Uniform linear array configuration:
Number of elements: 8
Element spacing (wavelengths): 0.5
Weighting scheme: cosine
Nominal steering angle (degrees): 45
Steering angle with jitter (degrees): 46.592
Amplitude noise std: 0.05
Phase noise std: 0.05

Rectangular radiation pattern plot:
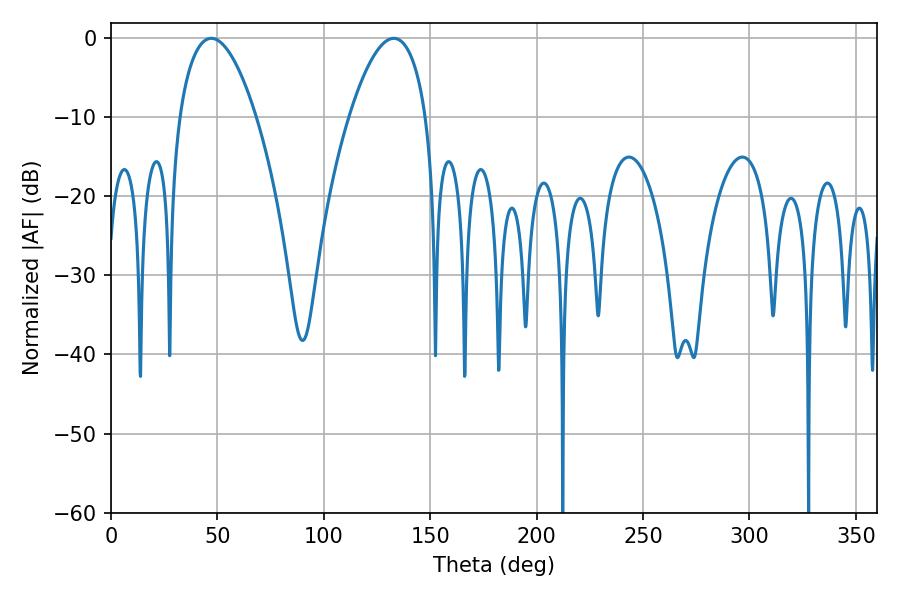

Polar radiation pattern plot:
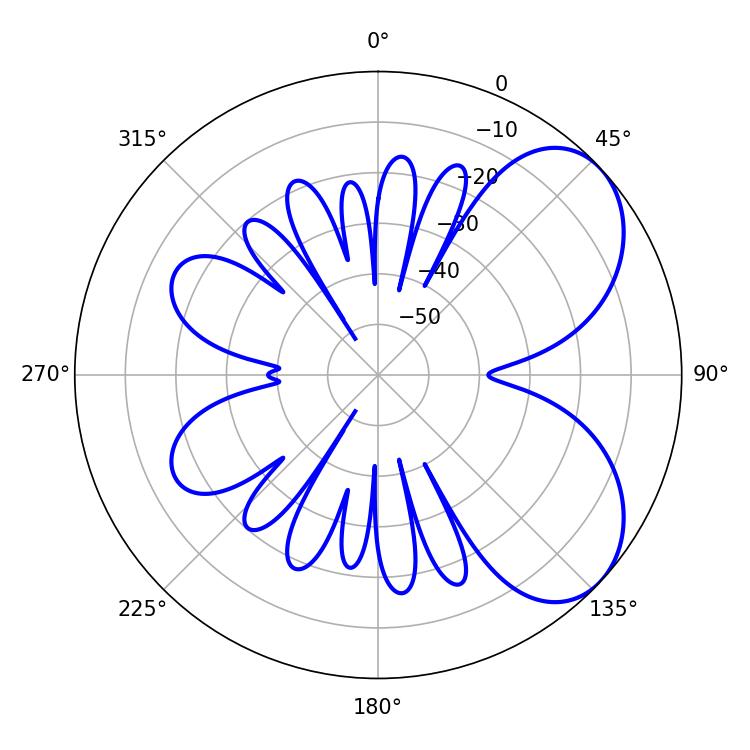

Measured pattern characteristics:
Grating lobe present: FALSE
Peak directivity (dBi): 5.707
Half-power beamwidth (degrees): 19.98
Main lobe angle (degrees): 47.16